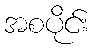
အစပိုင်း